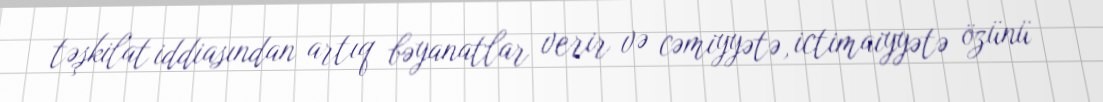
təşkilat iddiasından artıq bəyanatlar verir və cəmiyyətə, ictimaiyyətə özünü